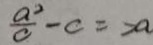
\frac { a ^ { 2 } } { o } - c = > a